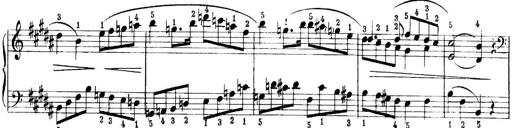
Title: Quatres sonatines
Composer: Tadeusz Joteyko